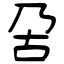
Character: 呄